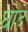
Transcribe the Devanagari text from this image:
घोदे